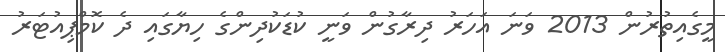
މީގެއިތުރުން 2013 ވަނަ އަހަރު ދިރާގުން ވަނީ ކުޑަކުދިންގެ ހިޔާގައި ދެ ކޮމްޕިއުޓަރު